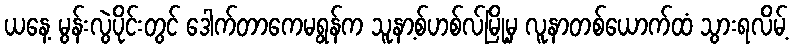
ယနေ့ မွန်းလွဲပိုင်းတွင် ဒေါက်တာကေမရွန်က သူနာ့စ်ဟစ်လ်မြို့မှ လူနာတစ်ယောက်ထံ သွားရလိမ့်